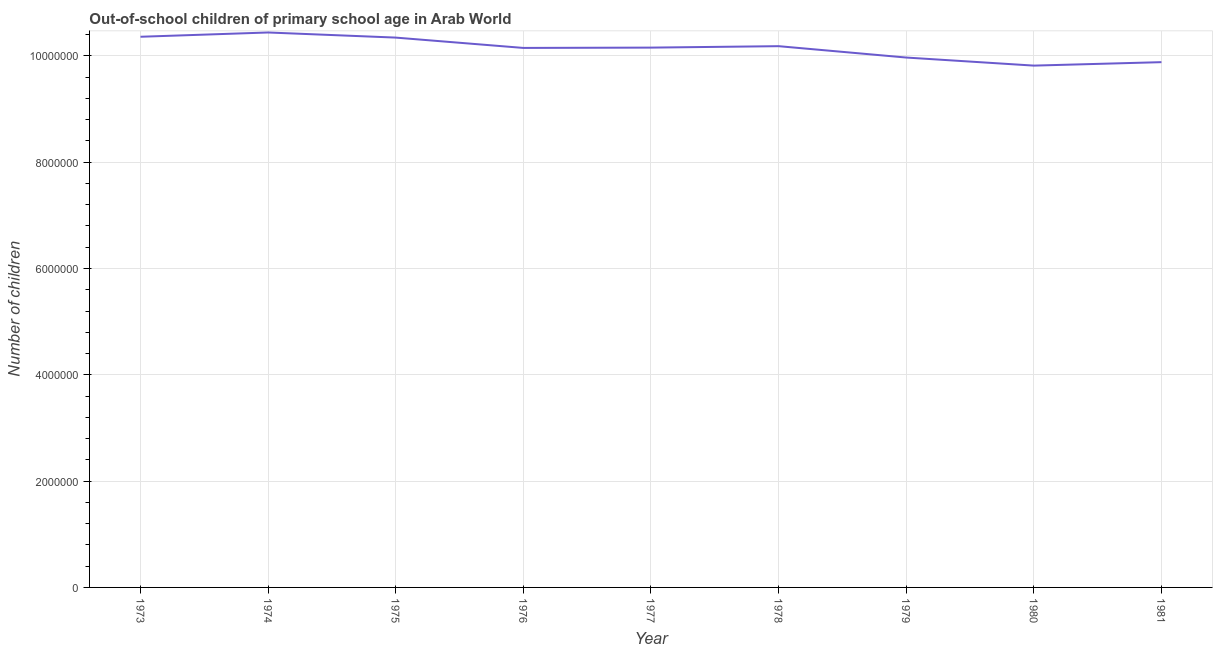
| Year | Out-of-school children of primary school age |
 | --- | --- |
 | 1973 | 1.04e+07 |
 | 1974 | 1.04e+07 |
 | 1975 | 1.03e+07 |
 | 1976 | 1.02e+07 |
 | 1977 | 1.02e+07 |
 | 1978 | 1.02e+07 |
 | 1979 | 9.97e+06 |
 | 1980 | 9.82e+06 |
 | 1981 | 9.88e+06 |